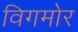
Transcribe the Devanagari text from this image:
विगमोर